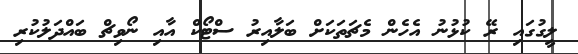
ލީގުގައި ރޭ ކުޅުނު އެހެން މެޗަތަކަށް ބަލާއިރު ސްޓޯކް އާއި ނޯވިޗް ބައްދަލުކުރި